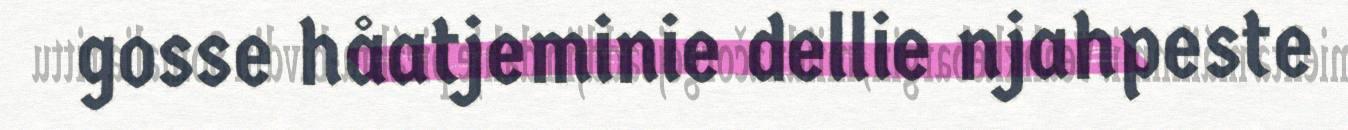
gosse håatjeminie dellie njahpeste